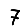
Digit: 7